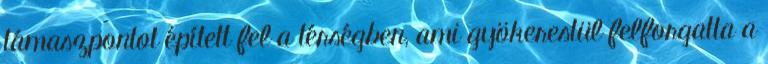
támaszpontot épített fel a térségben, ami gyökerestül felforgatta a